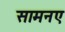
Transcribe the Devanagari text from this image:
सामनए